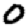
Digit: 0